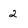
Character: 2